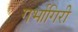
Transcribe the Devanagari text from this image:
गर्भागिरी